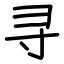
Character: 寻